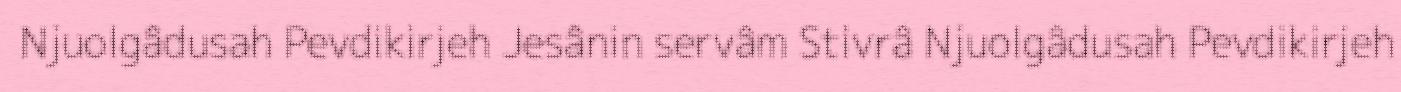
Njuolgâdusah Pevdikirjeh Jesânin servâm Stivrâ Njuolgâdusah Pevdikirjeh